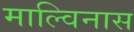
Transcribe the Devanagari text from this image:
माल्विनास